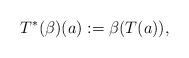
LaTeX: \begin{align*}T^*(\beta)(a):=\beta(T(a)),\end{align*}